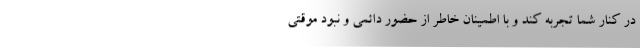
در کنار شما تجربه کند و با اطمینان خاطر از حضور دائمی و نبود موقتی